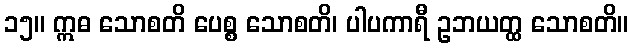
၁၅။ ဣဓ သောစတိ ပေစ္စ သောစတိ၊ ပါပကာရီ ဥဘယတ္ထ သောစတိ။